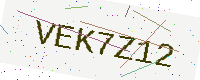
Text: VEK7Z12